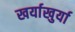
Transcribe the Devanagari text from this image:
खर्याखुर्या